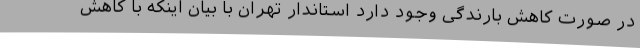
در صورت کاهش بارندگی وجود دارد استاندار تهران با بیان اینکه با کاهش